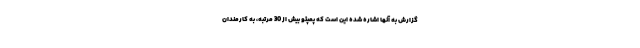
گزارش به آنها اشاره شده این است که پمپئو بیش از 30 مرتبه، به کارمندان